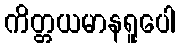
ကိတ္တယမာနရူပေါ